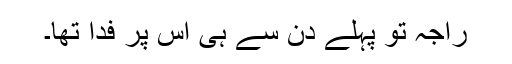
راجہ تو پہلے دن سے ہی اس پر فدا تھا۔